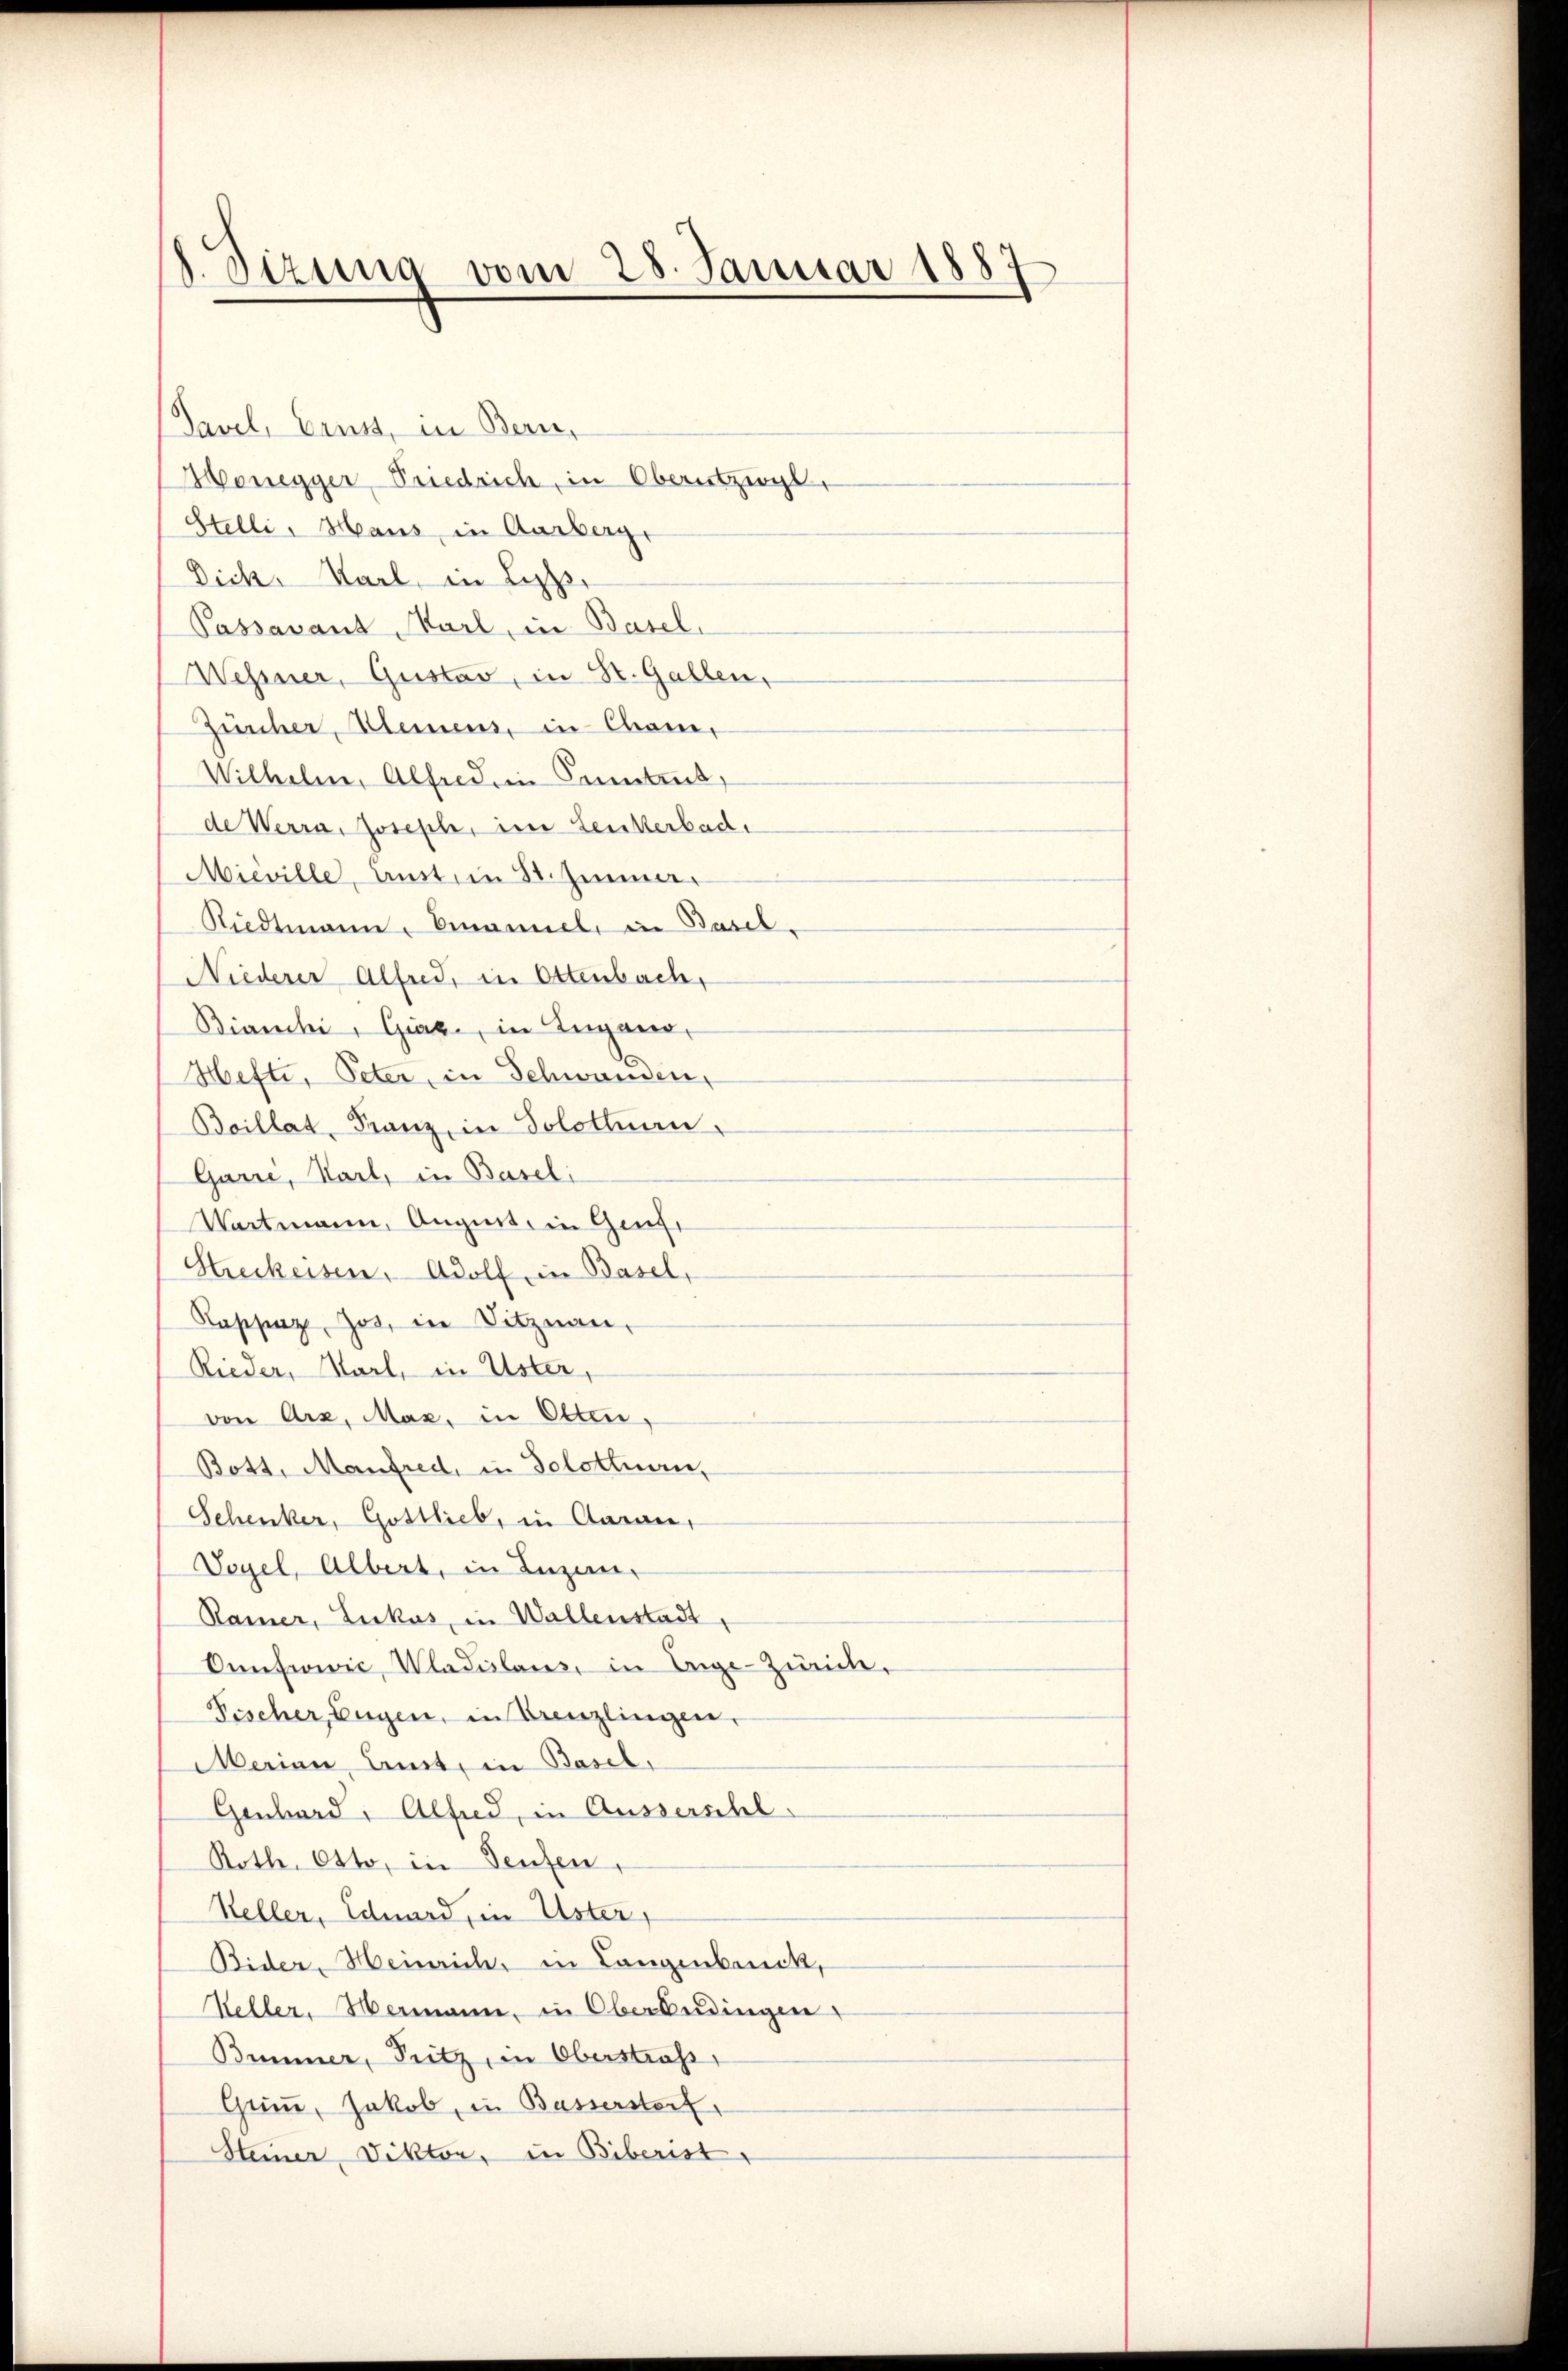
8 Dizung vom 28. Januar 1887

Pavel, Gruss, in Bern,
Monegger, Priedrich, in Oberntziegl,
Stelli, Haus, in Aarberg.
Dick, Karl, in Lippe,
Passavant, Karl, in Basel.
Wehrner, Gustav, in St. Gallen,
Zürcher, Kleinens, in Cham,
Wilhelm, Alfred ein Centrut,
de Werra, Joseph, im Leukerbad.
Mieville, Ernst, in St. Zimmer.
Riedtmann, Emanuel in Basel-
Niederer Alfred, in Ottenbach,
Bianchi, Graz, in Lugano,
Hefti, Peter, in Schwanden,
Boillat, Franz, in Solothurn,
Garre, Karl, in Baseli
Wartmann, August, in Genf,
Streckeisen, Adolf in Basel,
Kassenz Jos. in Sitznau,
Rieder, Karl, in Uster,
von Arz, Maz, in Olten,
Bott, Manfred, in Solothurn,
Schenker, Gottlieb, in Garan,
Vogel, Albert, in Luzen-
Ramer, Lukas, in Wallenstadt,
Oefrowić, Wladislaus, in Enge-Zürche,
Fischer Eugen, in Grenzlingen,
Marian, Lust, in Basel,
Genbord, Alfred, in Ausserschl
Roth Otto, in Teufen,
Steller, Eduard, in Uster,
Bider, Heinrich, in Langenbruck,
Keller, Hermann, in Oberbedingen
Bummer, Pritz, in Oberstraf,
Grün, Jakob, in Basserstorf,
Steiner, Viktor, in Biberist,